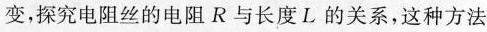
变，探究电阻丝的电阻 R 与长度 L 的关系，这种方法